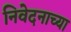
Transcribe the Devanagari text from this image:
निवेदनाच्या